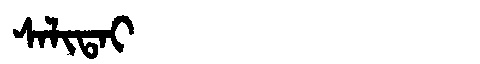
Manchu: ᠰᠠᠯᡳᡨᠠᡳ
Romanization: SALITAI